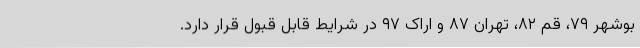
بوشهر ۷۹، قم ۸۲، تهران ۸۷ و اراک ۹۷ در شرایط قابل قبول قرار دارد.